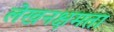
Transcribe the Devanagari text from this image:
लेखनक्षमता